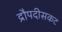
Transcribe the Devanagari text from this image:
द्रौपदीसकट